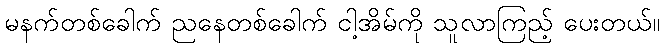
မနက်တစ်ခေါက် ညနေတစ်ခေါက် ငါ့အိမ်ကို သူလာကြည့် ပေးတယ်။